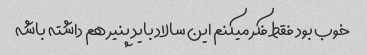
خوب بود فقط فکر میکنم این سالاد باید پنیر هم داشته باشه